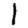
Digit: 1